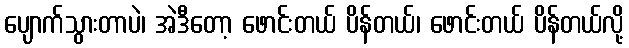
ပျောက်သွားတာပဲ၊ အဲဒီတော့ ဖောင်းတယ် ပိန်တယ်၊ ဖောင်းတယ် ပိန်တယ်လို့